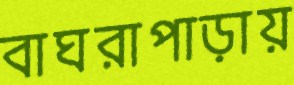
বাঘরাপাড়ায়